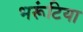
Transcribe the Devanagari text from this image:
भरूंटिया